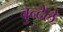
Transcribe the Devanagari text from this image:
बुन्देले